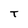
Character: T